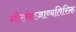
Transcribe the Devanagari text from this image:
गोलंदाजाव्यतिरिक्त